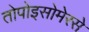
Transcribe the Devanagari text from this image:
तोपोइसोमेरसे